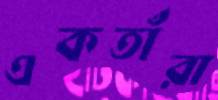
একতাঁরা